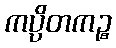
ကပ္ပိတကဉ္စ